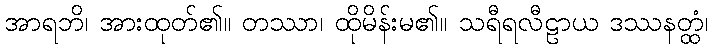
အာရဘိ၊ အားထုတ်၏။ တဿာ၊ ထိုမိန်းမ၏။ သရီရလီဠာယ ဒဿနတ္ထံ၊